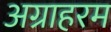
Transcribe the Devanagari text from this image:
अग्राहरम